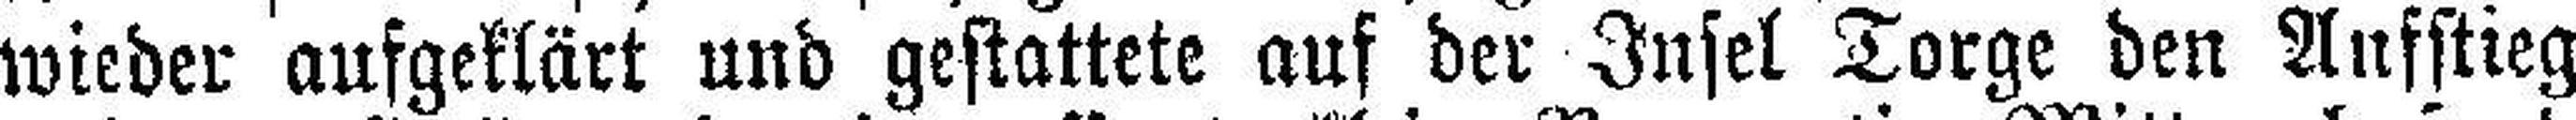
wieder aufgeklärt und gestattete auf der Insel Torge den Aufstieg